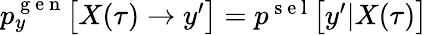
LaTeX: \begin{array}{r}{p_{y}^{\mathrm{~g~e~n~}}\bigl[X(\tau)\to y^{\prime}\bigr]=p^{\mathrm{~s~e~l~}}\bigl[y^{\prime}|X(\tau)\bigr]}\end{array}